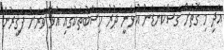
އަދި މި ގޮތަށް ގަސްކަނޑަން އުޅެނީ ދުރު ހިސާބުތަކުގައި އުޅޭ ވަރަށް ފަގީރުން